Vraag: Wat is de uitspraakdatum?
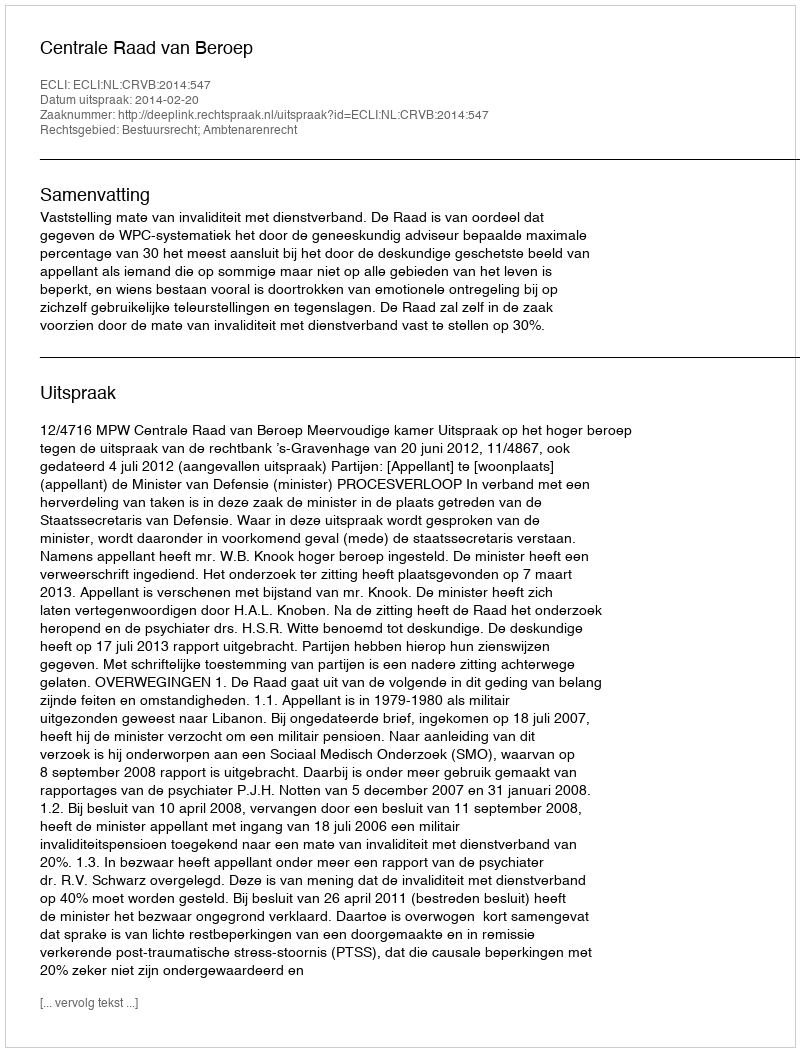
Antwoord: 2014-02-20